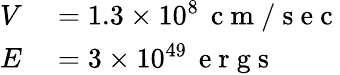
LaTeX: \begin{array}{rl}{V}&{{}=1.3\times 10^{8}\, \mathrm{~c~m~/~s~e~c~}}\\ {E}&{{}=3\times 10^{49}\, \mathrm{~e~r~g~s~}}\end{array}